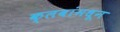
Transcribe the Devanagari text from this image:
क्लबांमधून